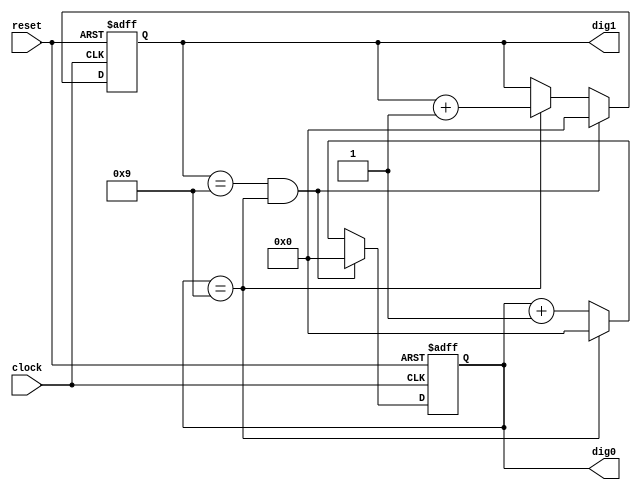
`timescale 1ns / 1ps
//////////////////////////////////////////////////////////////////////////////////
// Company:
// Engineer:
//
// Design Name:
// Module Name:    counter_2digit
// Project Name:
// Target Devices:
// Tool versions:
// Description:
//
// Dependencies:
//
// Revision:
// Revision 0.01 - File Created
// Additional Comments:
//
//////////////////////////////////////////////////////////////////////////////////
module counter_2digit(
    input reset,
    input clock,
    output reg [3:0] dig1,
    output reg [3:0] dig0
    );

  always @(posedge clock or posedge reset)
  begin
    if (reset) begin
      dig1 <= 0;
      dig0 <= 0;
    end
    else begin
      if (dig1 == 9 && dig0 == 9) begin
        dig1 <= 0;
        dig0 <= 0;
      end
      else if (dig0 == 9) begin
        dig0 <= 0;
        dig1 <= dig1 + 1;
      end
      else begin
        dig0 <= dig0 + 1;
      end
    end
  end

endmodule